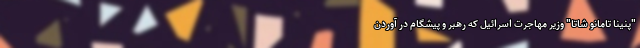
"پنینا تامانو شاتا" وزیر مهاجرت اسرائیل که رهبر و پیشگام در آوردن